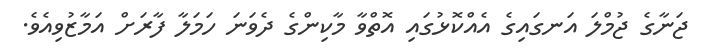
ޖަނާގެ ޖުމްލަ އަނގައިގެ އެއްކޮޅުގައި އޮތްވާ މާކިންގެ ދެވަނަ ހަމަލާ ފާރަށް އަމާޒުވިއެވެ.